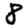
Digit: 8